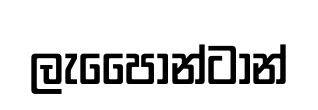
ලැපෛාන්ටාන්